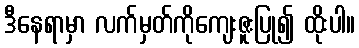
ဒီနေရာမှာ လက်မှတ်ကိုကျေးဇူးပြု၍ ထိုးပါ။